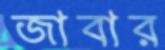
জাবার